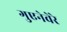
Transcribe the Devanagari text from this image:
गुएनेवेरे